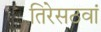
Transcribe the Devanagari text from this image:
तिरेसठवां